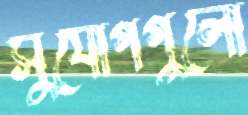
সুযোগগুলো